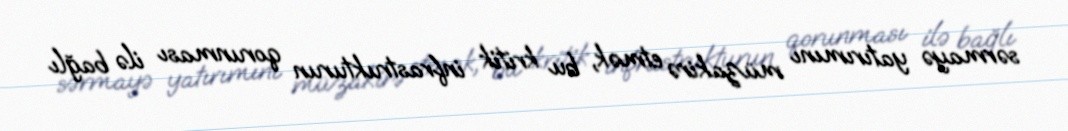
sərmayə yatırımını müzakirə etmək, bu kritik infrastrukturun qorunması ilə bağlı